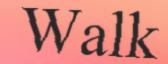
Walk